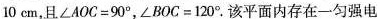
10cm，且$$∠ A O C = 9 0 °$$, $$∠ B O C = 1 2 0 °$$.该平面内存在一匀强电